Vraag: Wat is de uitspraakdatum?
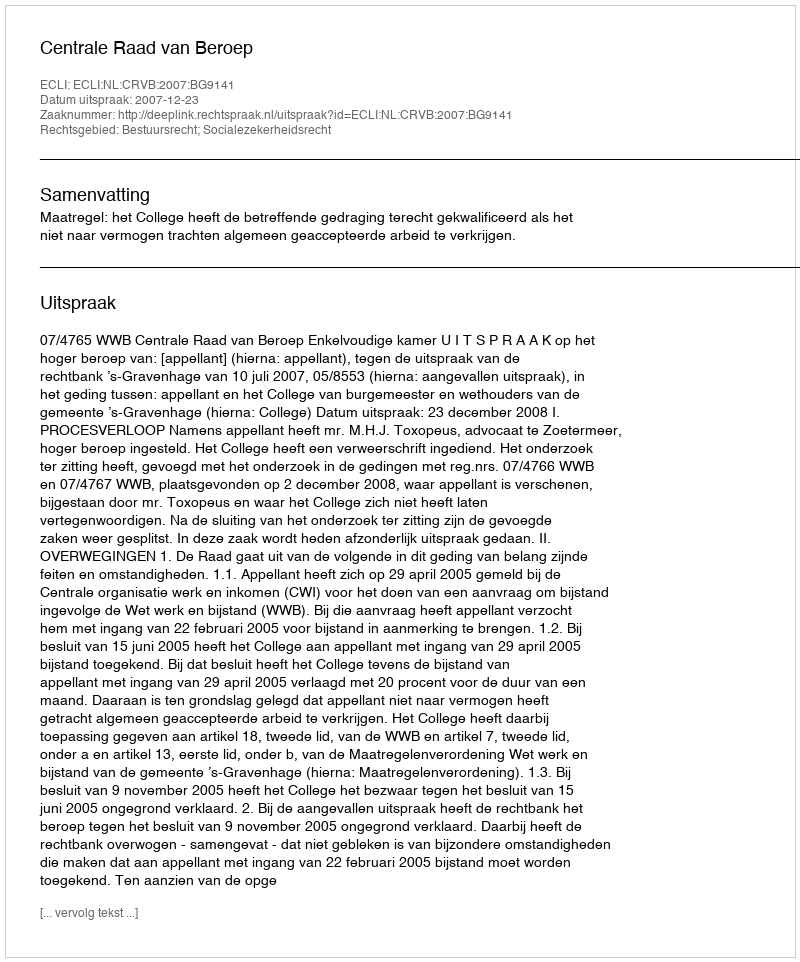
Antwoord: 2007-12-23